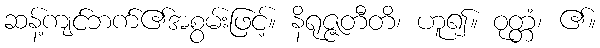
ဆန့်ကျင်ဘက်၏အစွမ်းဖြင့်။ နိရုဇ္ဇတီတိ၊ ဟူ၍။ ဝုတ္တံ၊ ၏။